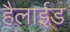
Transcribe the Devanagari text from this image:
हैलाईड